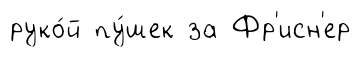
руко́й пу́шек за Фр'исн'ер